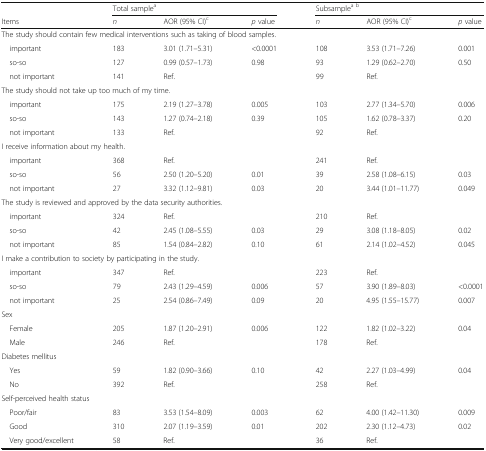
<table><thead><tr><td></td><td colspan="3"><b>Total sample<sup>a</sup></b></td><td colspan="3"><b>Subsample<sup>a b</sup></b></td></tr><tr><td><b>Items</b></td><td><b><i>n</i></b></td><td><b>AOR (95% CI)<sup>c</sup></b></td><td><b><i>p</i> value</b></td><td><b><i>n</i></b></td><td><b>AOR (95% CI)<sup>c</sup></b></td><td><b><i>p</i> value</b></td></tr></thead><tbody><tr><td colspan="7">The study should contain few medical interventions such as taking of blood samples.</td></tr><tr><td> important</td><td>183</td><td>3.01 (1.71–5.31)</td><td>&lt;0.0001</td><td>108</td><td>3.53 (1.71–7.26)</td><td>0.001</td></tr><tr><td> so-so</td><td>127</td><td>0.99 (0.57–1.73)</td><td>0.98</td><td>93</td><td>1.29 (0.62–2.70)</td><td>0.50</td></tr><tr><td> not important</td><td>141</td><td>Ref.</td><td></td><td>99</td><td>Ref.</td><td></td></tr><tr><td colspan="7">The study should not take up too much of my time.</td></tr><tr><td> important</td><td>175</td><td>2.19 (1.27–3.78)</td><td>0.005</td><td>103</td><td>2.77 (1.34–5.70)</td><td>0.006</td></tr><tr><td> so-so</td><td>143</td><td>1.27 (0.74–2.18)</td><td>0.39</td><td>105</td><td>1.62 (0.78–3.37)</td><td>0.20</td></tr><tr><td> not important</td><td>133</td><td>Ref.</td><td></td><td>92</td><td>Ref.</td><td></td></tr><tr><td colspan="7">I receive information about my health.</td></tr><tr><td> important</td><td>368</td><td>Ref.</td><td></td><td>241</td><td>Ref.</td><td></td></tr><tr><td> so-so</td><td>56</td><td>2.50 (1.20–5.20)</td><td>0.01</td><td>39</td><td>2.58 (1.08–6.15)</td><td>0.03</td></tr><tr><td> not important</td><td>27</td><td>3.32 (1.12–9.81)</td><td>0.03</td><td>20</td><td>3.44 (1.01–11.77)</td><td>0.049</td></tr><tr><td colspan="7">The study is reviewed and approved by the data security authorities.</td></tr><tr><td> important</td><td>324</td><td>Ref.</td><td></td><td>210</td><td>Ref.</td><td></td></tr><tr><td> so-so</td><td>42</td><td>2.45 (1.08–5.55)</td><td>0.03</td><td>29</td><td>3.08 (1.18–8.05)</td><td>0.02</td></tr><tr><td> not important</td><td>85</td><td>1.54 (0.84–2.82)</td><td>0.10</td><td>61</td><td>2.14 (1.02–4.52)</td><td>0.045</td></tr><tr><td colspan="7">I make a contribution to society by participating in the study.</td></tr><tr><td> important</td><td>347</td><td>Ref.</td><td></td><td>223</td><td>Ref.</td><td></td></tr><tr><td> so-so</td><td>79</td><td>2.43 (1.29–4.59)</td><td>0.006</td><td>57</td><td>3.90 (1.89–8.03)</td><td>&lt;0.0001</td></tr><tr><td> not important</td><td>25</td><td>2.54 (0.86–7.49)</td><td>0.09</td><td>20</td><td>4.95 (1.55–15.77)</td><td>0.007</td></tr><tr><td colspan="7">Sex</td></tr><tr><td> Female</td><td>205</td><td>1.87 (1.20–2.91)</td><td>0.006</td><td>122</td><td>1.82 (1.02–3.22)</td><td>0.04</td></tr><tr><td> Male</td><td>246</td><td>Ref.</td><td></td><td>178</td><td>Ref.</td><td></td></tr><tr><td colspan="7">Diabetes mellitus</td></tr><tr><td> Yes</td><td>59</td><td>1.82 (0.90–3.66)</td><td>0.10</td><td>42</td><td>2.27 (1.03–4.99)</td><td>0.04</td></tr><tr><td> No</td><td>392</td><td>Ref.</td><td></td><td>258</td><td>Ref.</td><td></td></tr><tr><td colspan="7">Self-perceived health status</td></tr><tr><td> Poor/fair</td><td>83</td><td>3.53 (1.54–8.09)</td><td>0.003</td><td>62</td><td>4.00 (1.42–11.30)</td><td>0.009</td></tr><tr><td> Good</td><td>310</td><td>2.07 (1.19–3.59)</td><td>0.01</td><td>202</td><td>2.30 (1.12–4.73)</td><td>0.02</td></tr><tr><td> Very good/excellent</td><td>58</td><td>Ref.</td><td></td><td>36</td><td>Ref.</td><td></td></tr></tbody></table>